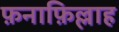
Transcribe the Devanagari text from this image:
फ़नाफ़िल्लाह